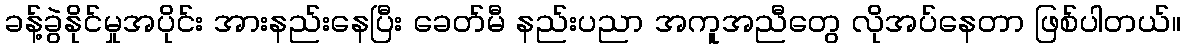
ခန့်ခွဲနိုင်မှုအပိုင်း အားနည်းနေပြီး ခေတ်မီ နည်းပညာ အကူအညီတွေ လိုအပ်နေတာ ဖြစ်ပါတယ်။